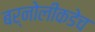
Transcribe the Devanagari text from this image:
बर्नोलीकडेच